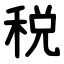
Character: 税